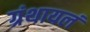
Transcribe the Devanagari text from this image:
ग्रंथायलं